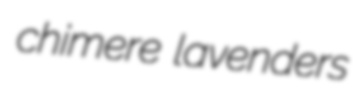
chimere lavenders